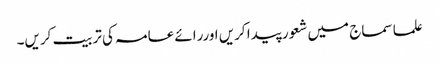
علما سماج میں شعور پیدا کریں اوررائے عامہ کی تربیت کریں۔